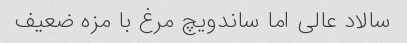
سالاد عالی اما ساندویچ مرغ با مزه ضعیف